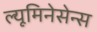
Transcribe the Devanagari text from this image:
ल्यूमिनेसेन्स